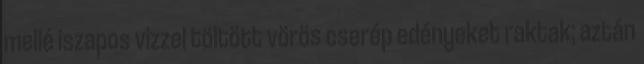
mellé iszapos vizzel töltött vörös cserép edényeket raktak; aztán